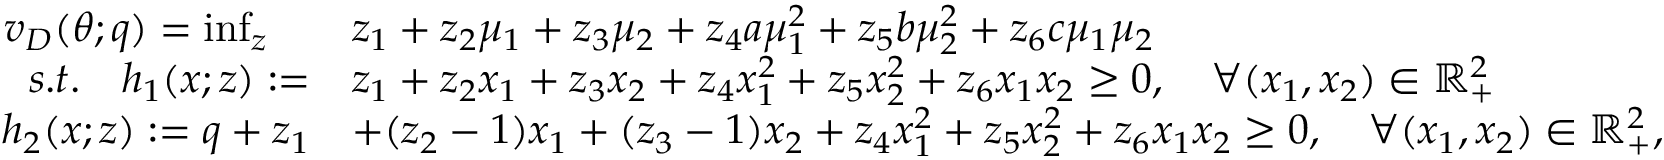
\begin{array} { r l r l } & { } & { \quad \quad v _ { D } ( \theta ; q ) = \operatorname* { i n f } _ { \boldsymbol { z } } \quad } & { z _ { 1 } + z _ { 2 } \mu _ { 1 } + z _ { 3 } \mu _ { 2 } + z _ { 4 } a \mu _ { 1 } ^ { 2 } + z _ { 5 } b \mu _ { 2 } ^ { 2 } + z _ { 6 } c \mu _ { 1 } \mu _ { 2 } } \\ & { } & { { s . t . } \quad h _ { 1 } ( x ; \boldsymbol { z } ) : = } & { z _ { 1 } + z _ { 2 } x _ { 1 } + z _ { 3 } x _ { 2 } + z _ { 4 } x _ { 1 } ^ { 2 } + z _ { 5 } x _ { 2 } ^ { 2 } + z _ { 6 } x _ { 1 } x _ { 2 } \geq 0 , \quad \forall ( x _ { 1 } , x _ { 2 } ) \in \mathbb { R } _ { + } ^ { 2 } } \\ & { } & { \quad h _ { 2 } ( x ; \boldsymbol { z } ) : = q + z _ { 1 } } & { + ( z _ { 2 } - 1 ) x _ { 1 } + ( z _ { 3 } - 1 ) x _ { 2 } + z _ { 4 } x _ { 1 } ^ { 2 } + z _ { 5 } x _ { 2 } ^ { 2 } + z _ { 6 } x _ { 1 } x _ { 2 } \geq 0 , \quad \forall ( x _ { 1 } , x _ { 2 } ) \in \mathbb { R } _ { + } ^ { 2 } , } \end{array}